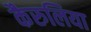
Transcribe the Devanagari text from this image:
कैरुलिया